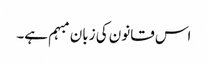
اس قانون کی زبان مبہم ہے۔